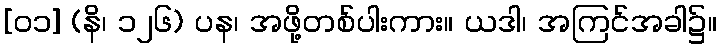
[၀၁] (နိ၊ ၁၂၆) ပန၊ အဖို့တစ်ပါးကား။ ယဒါ၊ အကြင်အခါ၌။